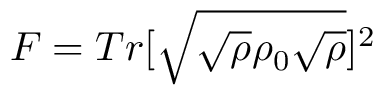
F = T r [ \sqrt { \sqrt { \rho } \rho _ { 0 } \sqrt { \rho } } ] ^ { 2 }